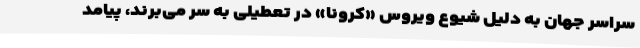
سراسر جهان به دلیل شیوع ویروس «کرونا» در تعطیلی به سر می‌برند، پیامد